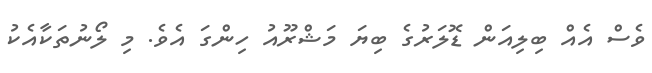
ވެސް އެއް ބިލިއަން ޑޮލަރުގެ ބިޔަ މަޝްރޫއު ހިންގަ އެވެ. މި ލޯނުތަކާއެކު